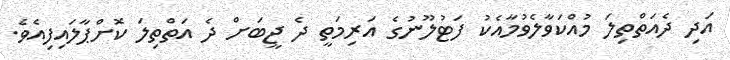
އަދި ދެއަތްތިލަ މުއްކަވާލެވުމާއެކު ފަޓުލޫނުގެ އަރިމަތީ ދެ ޖީބަށް ދެ އަތްތިލަ ކޮށްޕާލައިފިއެވެ.